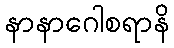
နာနာဂေါစရာနိ